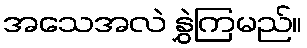
အသေအလဲ နွှဲကြမည်။